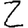
Digit: 2